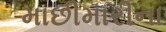
માછીમારીના